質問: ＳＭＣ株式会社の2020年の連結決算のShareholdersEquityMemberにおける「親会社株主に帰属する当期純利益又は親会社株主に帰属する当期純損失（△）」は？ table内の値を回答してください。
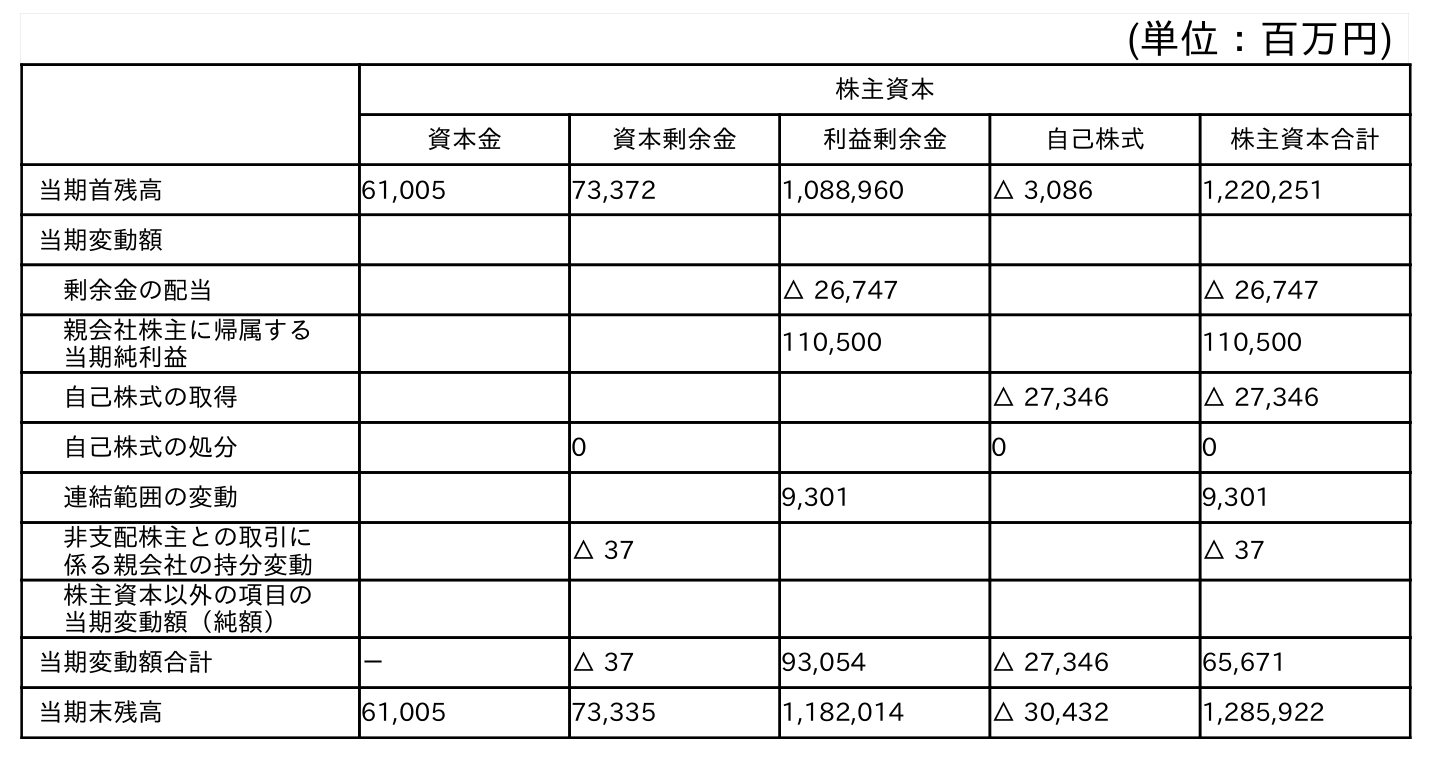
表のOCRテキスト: (単位：百万円) 株主資本 資本金 資本剰余金 利益剰余金 自己株式 株主資本合計 当期首残高 61,005 73,372 1,088,960 △ 3,086 1,220,251 当期変動額 剰余金の配当 △ 26,747 △ 26,747 親会社株主に帰属する 当期純利益 110,500 110,500 自己株式の取得 △ 27,346 △ 27,346 自己株式の処分 0 0 0 連結範囲の変動 9,301 9,301 非支配株主との取引に 係る親会社の持分変動 △ 37 △ 37 株主資本以外の項目の 当期変動額（純額） 当期変動額合計 － △ 37 93,054 △ 27,346 65,671 当期末残高 61,005 73,335 1,182,014 △ 30,432 1,285,922
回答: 110,500